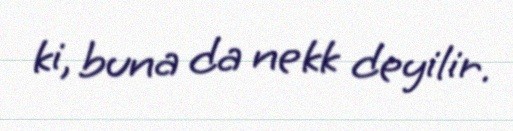
ki, buna da nekk deyilir.